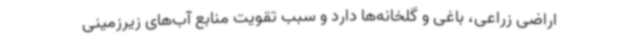
اراضی زراعی، باغی و گلخانه‌ها دارد و سبب تقویت منابع آب‌های زیرزمینی